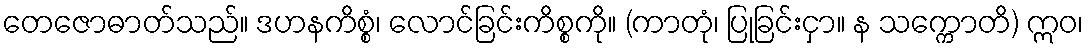
တေဇောဓာတ်သည်။ ဒဟနကိစ္စံ၊ လောင်ခြင်းကိစ္စကို။ (ကာတုံ၊ ပြုခြင်းငှာ။ န သက္ကောတိ) ဣဝ၊